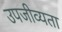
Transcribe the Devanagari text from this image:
उपजीव्यता